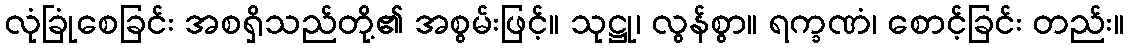
လုံခြုံစေခြင်း အစရှိသည်တို့၏ အစွမ်းဖြင့်။ သုဋ္ဌု၊ လွန်စွာ။ ရက္ခဏံ၊ စောင့်ခြင်း တည်း။